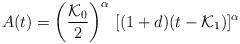
LaTeX: \begin{align*}A(t) = \left(\frac{{\cal {K}}_0}{2}\right)^\alpha \, [(1+d) (t-{\cal {K}}_1)]^\alpha\end{align*}